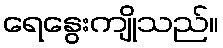
ရေနွေးကျိုသည်။